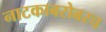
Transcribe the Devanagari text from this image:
नाटकाबरोबरच